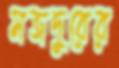
মজদুরের